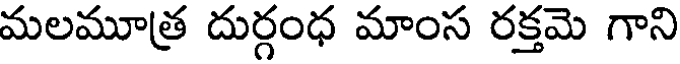
మలమూత్ర దుర్గంధ మాంస రక్తమె గాని